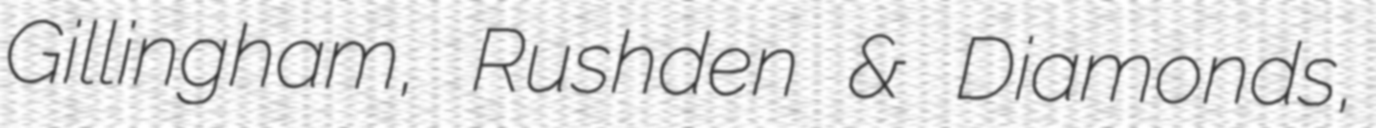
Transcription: Gillingham, Rushden & Diamonds,